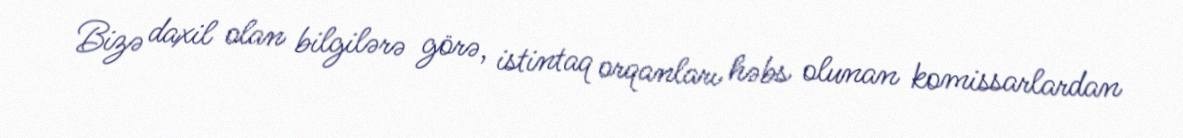
Bizə daxil olan bilgilərə görə, istintaq orqanları həbs olunan komissarlardan